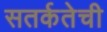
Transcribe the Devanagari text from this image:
सतर्कतेची